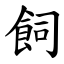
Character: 飼